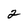
Character: 2